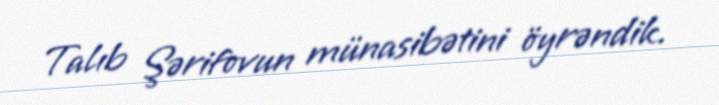
Talıb Şərifovun münasibətini öyrəndik.